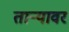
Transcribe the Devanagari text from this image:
ताऱ्यावर